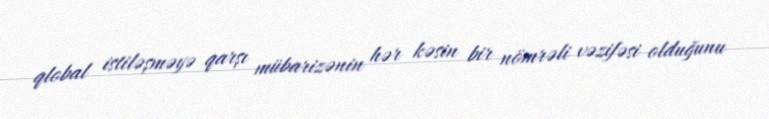
qlobal istiləşməyə qarşı mübarizənin hər kəsin bir nömrəli vəzifəsi olduğunu